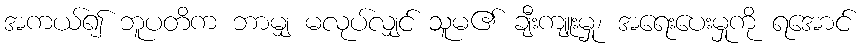
အကယ်၍ ဘူပတိက ဘာမျှ မလုပ်လျှင် သူမ၏ ချီးကျူးမှု၊ အရေးပေးမှုကို ရအောင်